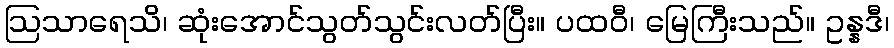
ဩသာရေသိ၊ ဆုံးအောင်သွတ်သွင်းလတ်ပြီး။ ပထဝီ၊ မြေကြီးသည်။ ဥန္နဒီ၊